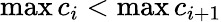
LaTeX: \operatorname*{max}{c_{i}}<\operatorname*{max}{c_{i+1}}